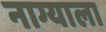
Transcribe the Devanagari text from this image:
नाग्याला